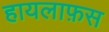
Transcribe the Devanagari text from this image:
हायलाफ़स